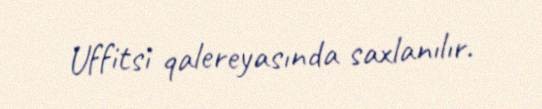
Uffitsi qalereyasında saxlanılır.